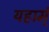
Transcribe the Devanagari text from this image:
यहाम्ं